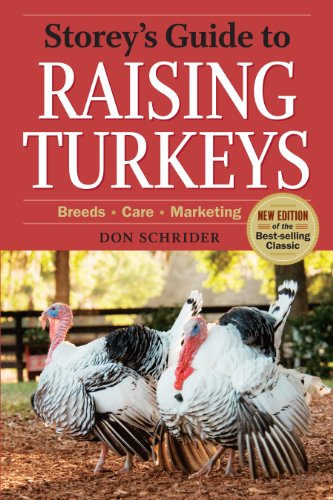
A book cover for Storey's Guide to Raising Turkeys, 3rd Edition: Breeds * Care * Marketing; Don Schrider; Medical Books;